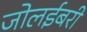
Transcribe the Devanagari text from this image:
जोलईबरी